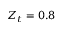
Z _ { t } = 0 . 8